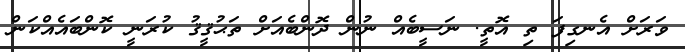
ވަރަށް އެނގިފަ ތި އޮތީ. ނަސީބެއް ނުން ދޮންބެއަށް ތަޙުޤީޤު ކުރަނީ ކޮންބައެއްކަން